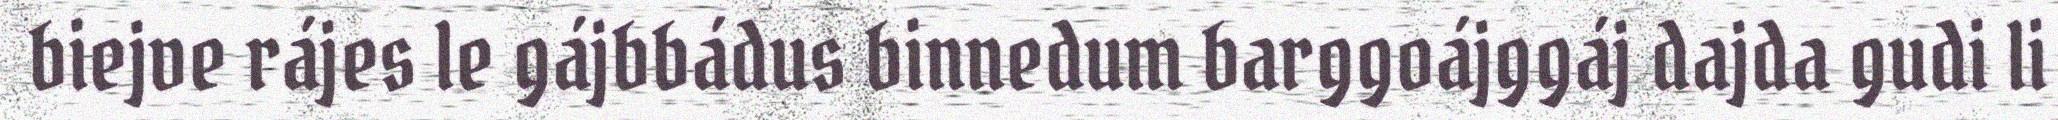
biejve rájes le gájbbádus binnedum barggoájggáj dajda gudi li